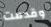
وقدمت